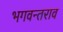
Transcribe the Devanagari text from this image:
भगवन्तराव